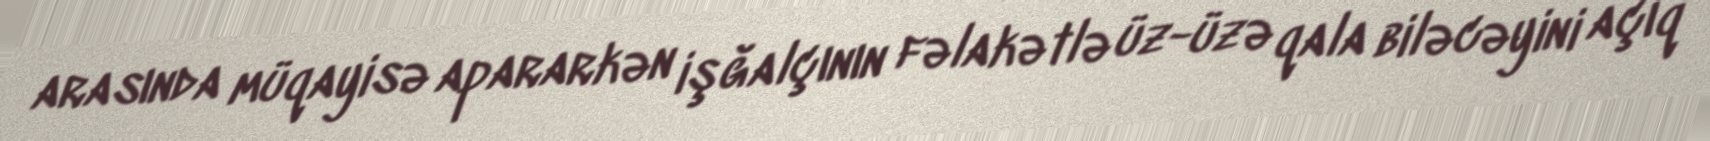
arasında müqayisə apararkən işğalçının fəlakətlə üz-üzə qala biləcəyini açıq